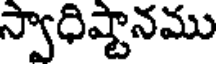
స్వాధిష్టానము